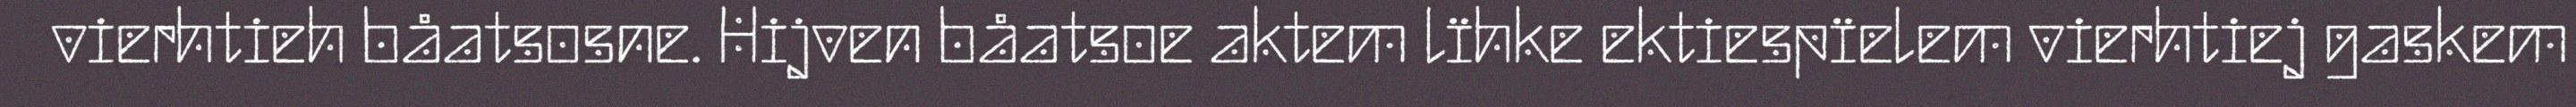
vierhtieh båatsosne. Hijven båatsoe aktem lïhke ektiespïelem vierhtiej gaskem